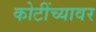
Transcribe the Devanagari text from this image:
कोटींच्यावर